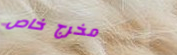
مخرج خاص